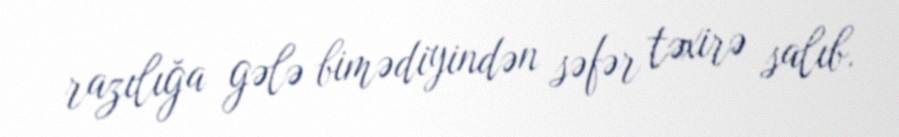
razılığa gələ bimədiyindən səfər təxirə salıb.